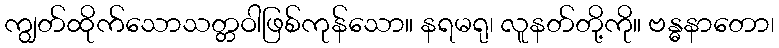
ကျွတ်ထိုက်သောသတ္တဝါဖြစ်ကုန်သော။ နရမရု၊ လူနတ်တို့ကို။ ဗန္ဓနာတော၊